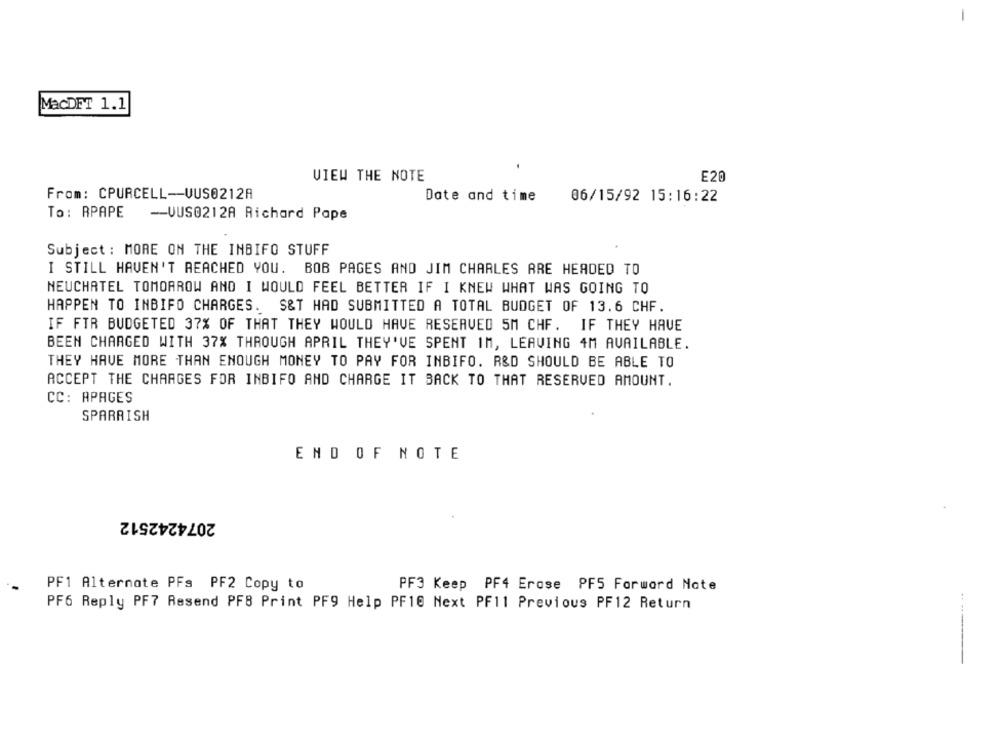
-
MacDET 1.1
VIEW THE NOTE
E20
From: CPURCELL-UUS0212A
Date and time
06/15/92 15:16:22
To: RPAPE
-UUS0212A Richard Pape
Subject : MORE ON THE INBIFO STUFF
I STILL HAVEN'T REACHED YOU. BOB PAGES AND JIM CHARLES ARE HEADED TO
NEUCHATEL TOMORROW AND I WOULD FEEL BETTER IF I KNEW WHAT WAS GOING TO
HAPPEN TO INBIFO CHARGES. S&T HAD SUBMITTED A TOTAL BUDGET OF 13.6 CHF.
IF FTR BUDGETED 37% OF THAT THEY WOULD HAVE RESERVED 5M CHF. IF THEY HAVE
BEEN CHARGED WITH 37% THROUGH APRIL THEY'VE SPENT IM, LEAVING 4M AVAILABLE.
THEY HAVE MORE THAN ENOUGH MONEY TO PAY FOR INBIFO. R&D SHOULD BE ABLE TO
ACCEPT THE CHARGES FOR INBIFO AND CHARGE IT BACK TO THAT RESERVED AMOUNT.
CC: APAGES
SPARRISH
END OF NOTE
2074242512
PF1 Alternate PFg PF2 Copy to
PF3 Keep PF4 Erose PF5 Forward Note
PF6 Reply PF7 Resend PFB Print PF9 Help PF10 Next PF11 Previous PF12 Return